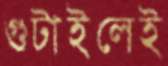
গুটাইলেই